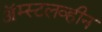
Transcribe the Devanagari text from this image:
ॲम्स्टलव्हीन